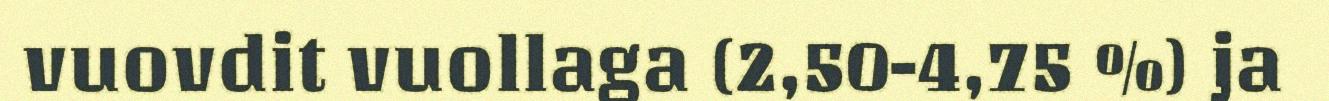
vuovdit vuollaga (2,50-4,75 %) ja